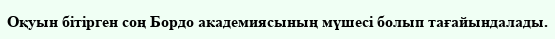
Оқуын бітірген соң Бордо академиясының мүшесі болып тағайындалады.